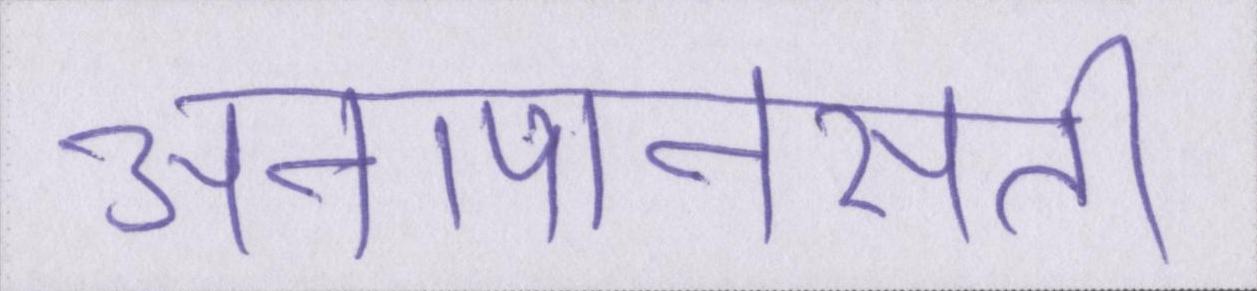
अनापानसती